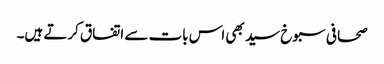
صحافی سبوخ سید بھی اس بات سے اتفاق کرتے ہیں۔